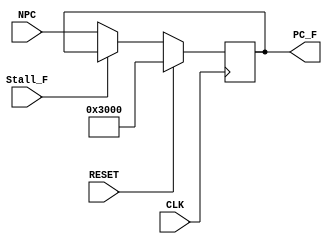
`timescale 1ns / 1ps
//////////////////////////////////////////////////////////////////////////////////
// Company: 
// Engineer: 
// 
// Design Name: 
// Module Name:    ProgramCounter 
// Project Name: 
// Target Devices: 
// Tool versions: 
// Description: 
//
// Dependencies: 
//
// Revision: 
// Revision 0.01 - File Created
// Additional Comments: 
//
//////////////////////////////////////////////////////////////////////////////////
module ProgramCounter(CLK, RESET, Stall_F, NPC, 
													PC_F);
	input CLK, RESET, Stall_F;
	input [31:0] NPC;
	output [31:0] PC_F;
	
	reg [31:0] pc_reg;
	
	initial begin 	
			pc_reg <= 32'h0000_3000;
	end
	
	always @(posedge CLK) begin
		if(RESET) pc_reg <= 32'h0000_3000;
		else if(Stall_F == 1) pc_reg <= pc_reg;
		else pc_reg <= NPC;
	end
	
	assign PC_F = pc_reg;
endmodule